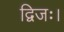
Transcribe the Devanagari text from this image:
द्विजः।